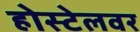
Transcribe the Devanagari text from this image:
होस्टेलवर